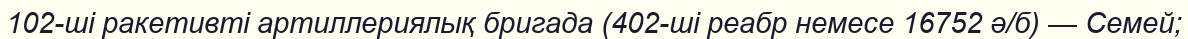
102-ші ракетивті артиллериялық бригада (402-ші реабр немесе 16752 ә/б) — Семей;